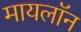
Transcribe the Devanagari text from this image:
मायलॉन